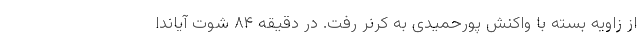
از زاویه بسته با واکنش پورحمیدی به کرنر رفت. در دقیقه ۸۴ شوت آیاندا